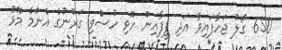
650 ގޯލު ޖަހާފައިވާ އަދި ފީފާއިން ހޮވި ހުސްވި ގަރުނުގެ އެންމެ މޮޅު